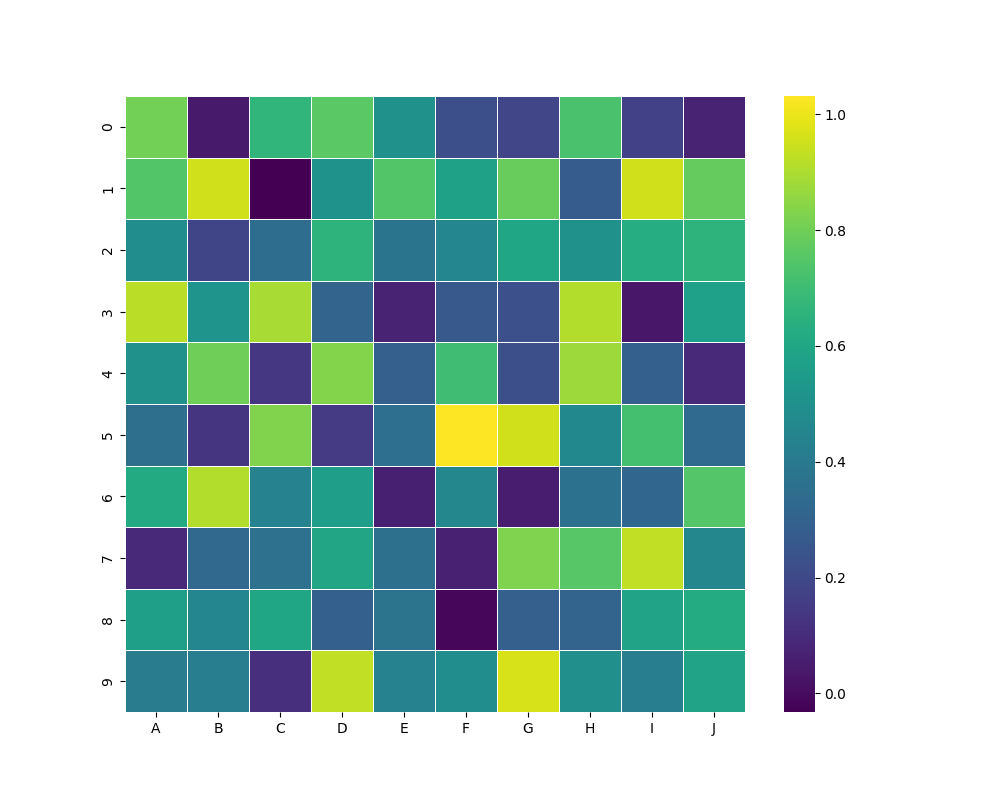
python, seaborn, heatmap, cmap='viridis', linewidths=0.5, center=none